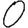
Digit: 0